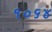
૧૦૬૪